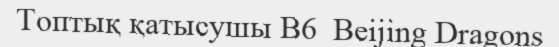
Топтық қатысушы B6  Beijing Dragons